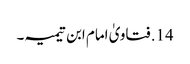
14. فتاویٰ امام ابن تیمیہ۔